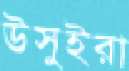
উসুইরা